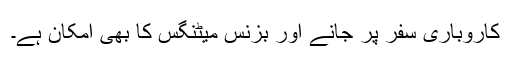
کاروباری سفر پر جانے اور بزنس میٹنگس کا بھی امکان ہے۔